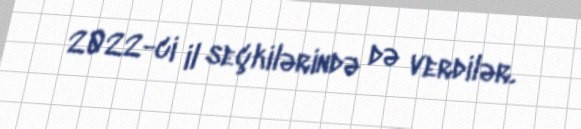
2022-ci il seçkilərində də verdilər.